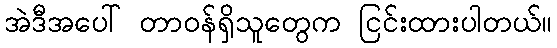
အဲဒီအပေါ် တာဝန်ရှိသူတွေက ငြင်းထားပါတယ်။